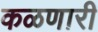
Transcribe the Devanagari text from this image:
कळणारी